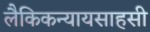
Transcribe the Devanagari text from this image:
लैकिकन्यायसाहसी